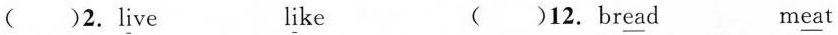
()2. l\underline{i}ve l\underline{i}ke ()12. br\underline{ea}d m\underline{ea}t